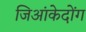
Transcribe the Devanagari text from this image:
जिआंकेदोंग